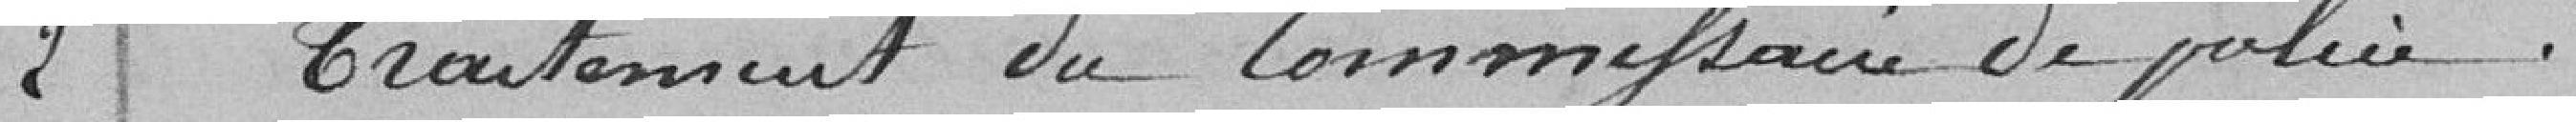
2 Traitement du Commissaire de police